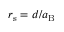
r _ { \mathrm { s } } = d / a _ { \mathrm { B } }